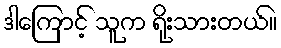
ဒါကြောင့် သူက ရိုးသားတယ်။